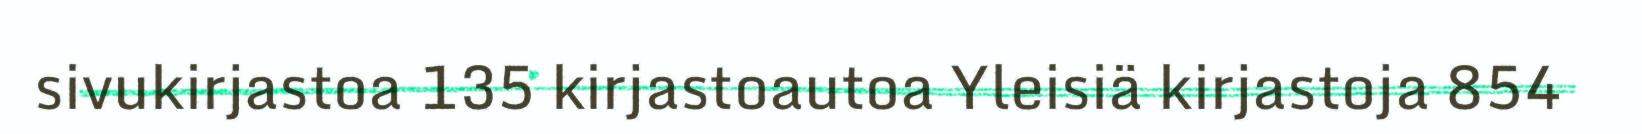
sivukirjastoa 135 kirjastoautoa Yleisiä kirjastoja 854